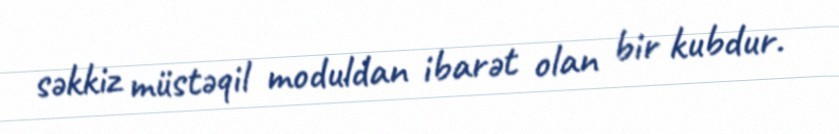
səkkiz müstəqil moduldan ibarət olan bir kubdur.